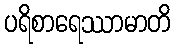
ပရိစာရေဿာမာတိ